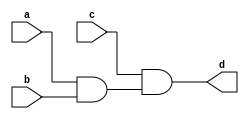
module muxgate(input a,input c,input b,output d);

	and and1(temp1,a,b);
	and and2(d,c,temp1);

endmodule